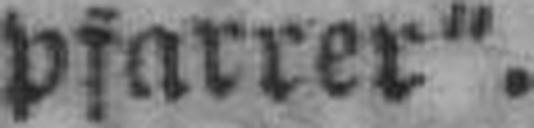
pfarrer“.